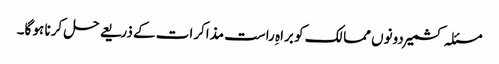
مسئلہ کشمیر دونوں ممالک کو براہِ راست مذاکرات کے ذریعے حل کرنا ہو گا۔